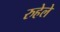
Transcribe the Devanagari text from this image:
रुहेले